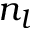
n _ { l }